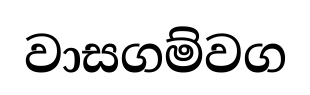
වාසගම්වග